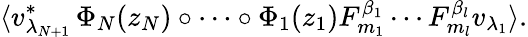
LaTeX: \langle v_{\lambda_{N+1}}^{\ast}\, \Phi_{N}(z_{N})\circ\cdots\circ\Phi_{1}(z_{1})F_{m_{1}}^{\beta_{1}}\cdots F_{m_{l}}^{\beta_{l}}v_{\lambda_{1}}\rangle.